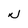
Character: N